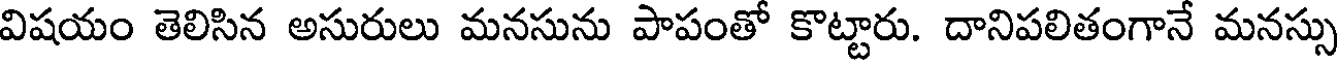
విషయం తెలిసిన అసురులు మనసును పాపంతో కొట్టారు. దానిపలితంగానే మనస్సు